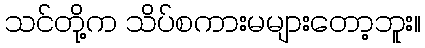
သင်တို့က သိပ်စကားမများတော့ဘူး။